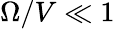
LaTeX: \Omega/V\ll 1